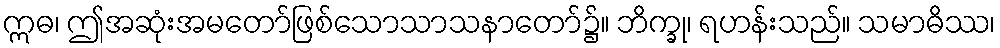
ဣဓ၊ ဤအဆုံးအမတော်ဖြစ်သောသာသနာတော်၌။ ဘိက္ခု၊ ရဟန်းသည်။ သမာဓိဿ၊